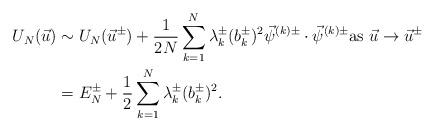
LaTeX: \begin{align*}\begin{aligned}U_N(\vec u) & \sim U_N(\vec u^\pm) + \frac{1}{2N} \sum_{k=1}^N \lambda^\pm_k (b^\pm_k)^2 \vec \psi^{(k)\pm} \cdot \vec \psi^{(k)\pm} \textrm{as} \ \vec u \to \vec u^\pm \\ & = E_N^\pm + \frac{1}{2} \sum_{k=1}^N \lambda_k^\pm (b^\pm_k)^2 .\end{aligned}\end{align*}